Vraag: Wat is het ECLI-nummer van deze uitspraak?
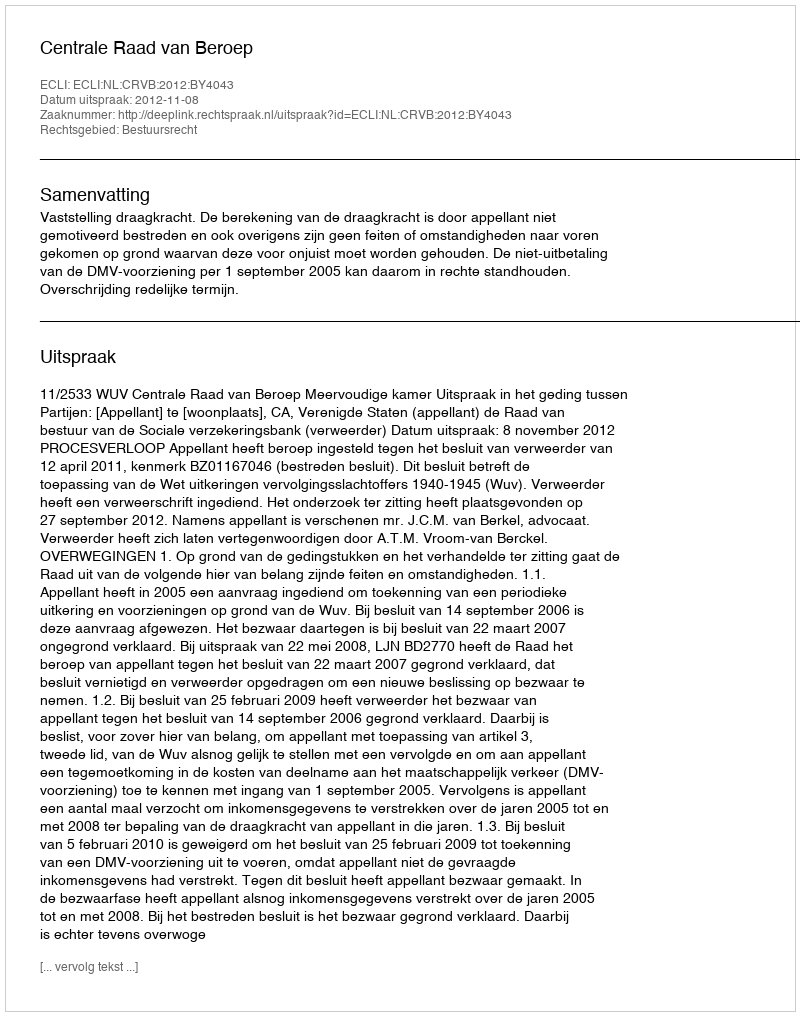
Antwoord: ECLI:NL:CRVB:2012:BY4043